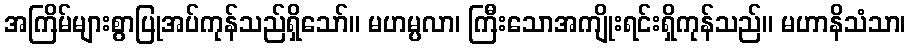
အကြိမ်များစွာပြုအပ်ကုန်သည်ရှိသော်။ မဟမ္ပလာ၊ ကြီးသောအကျိုးရင်းရှိကုန်သည်။ မဟာနိသံသာ၊